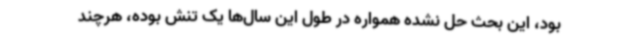
بود، این بحث حل نشده همواره در طول این سال‌ها یک تنش بوده، هرچند